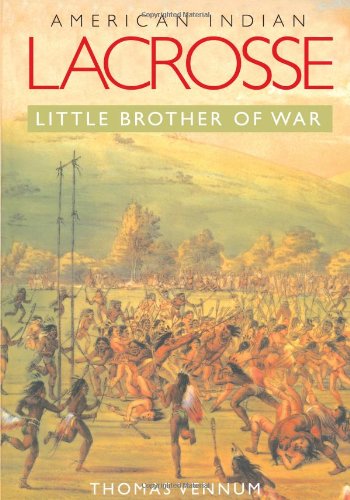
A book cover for American Indian Lacrosse: Little Brother of War; Thomas Vennum; Sports & Outdoors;